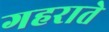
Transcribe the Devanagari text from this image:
गहराते